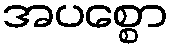
အပစ္စော